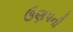
ઉણપની